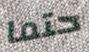
حتما